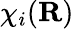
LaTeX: \chi_{i}(\textbf{R})